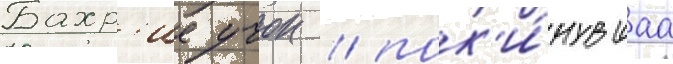
Бахр'ие учок / пок'и́нувшаа